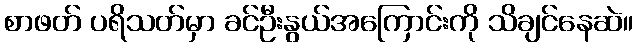
စာဖတ် ပရိသတ်မှာ ခင်ဦးနွယ်အကြောင်းကို သိချင်နေဆဲ။